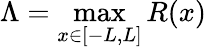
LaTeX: \Lambda=\operatorname*{max}_{x\in[-L,L]}R(x)